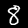
Label: 8